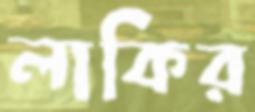
লাকির